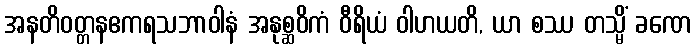
အနတိဝတ္တနဧကရသဘာဝါနံ အနုစ္ဆဝိကံ ဝီရိယံ ဝါဟယတိ, ယာ စဿ တသ္မိံ ခဏေ